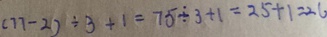
( 7 7 - 2 ) \div 3 + 1 = 7 5 \div 3 + 1 = 2 5 + 1 = 2 6